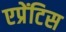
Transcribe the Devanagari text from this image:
एप्रेंटिस